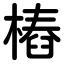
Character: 樁